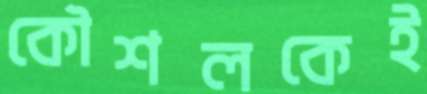
কৌশলকেই